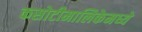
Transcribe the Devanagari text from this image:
कसोटीमालिकेमध्ये